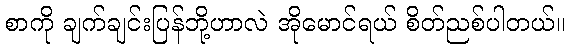
စာကို ချက်ချင်းပြန်ဘို့ဟာလဲ အိုမောင်ရယ် စိတ်ညစ်ပါတယ်။